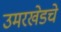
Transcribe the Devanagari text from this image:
उमरखेडचे